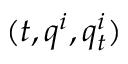
( t , q ^ { i } , q _ { t } ^ { i } )